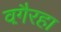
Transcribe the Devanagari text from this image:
वगै़रहा